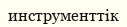
инструменттік